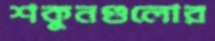
শকুনগুলোর